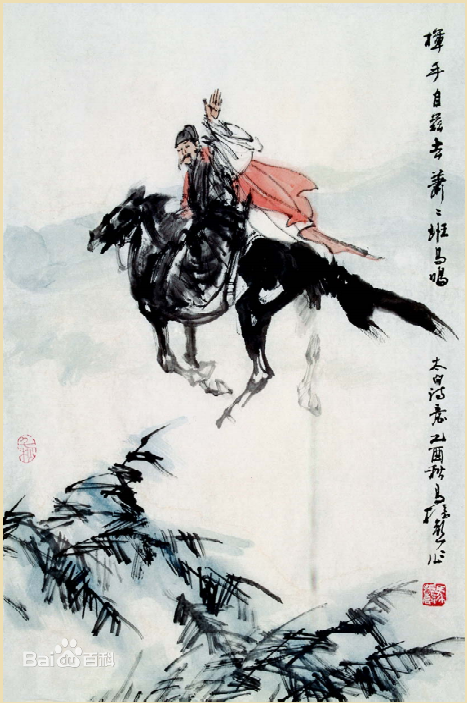
挥手自兹去，萧萧班马鸣。